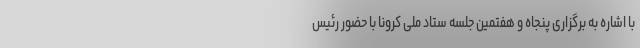
با اشاره به برگزاری پنجاه و هفتمین جلسه ستاد ملی کرونا با حضور رئیس